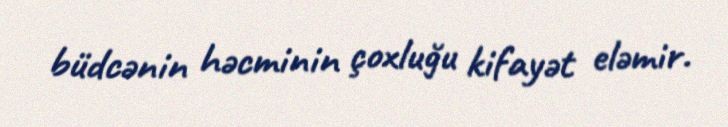
büdcənin həcminin çoxluğu kifayət eləmir.